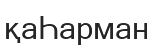
қаҺарман